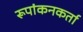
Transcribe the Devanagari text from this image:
रूपांकनकर्ता